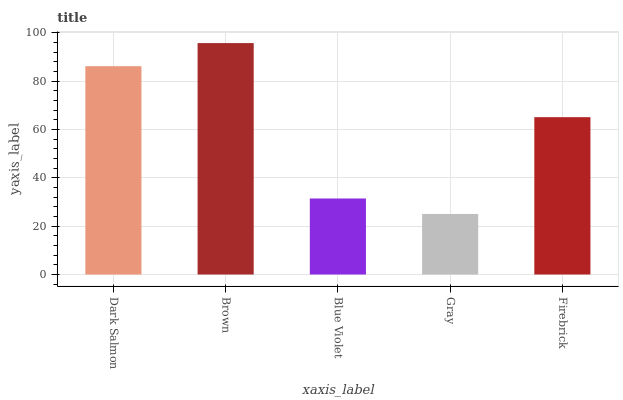
| xaxis_label | bars |
 | --- | --- |
 | Dark Salmon | 86.2 |
 | Brown | 95.8 |
 | Blue Violet | 31.5 |
 | Gray | 25.1 |
 | Firebrick | 65.1 |